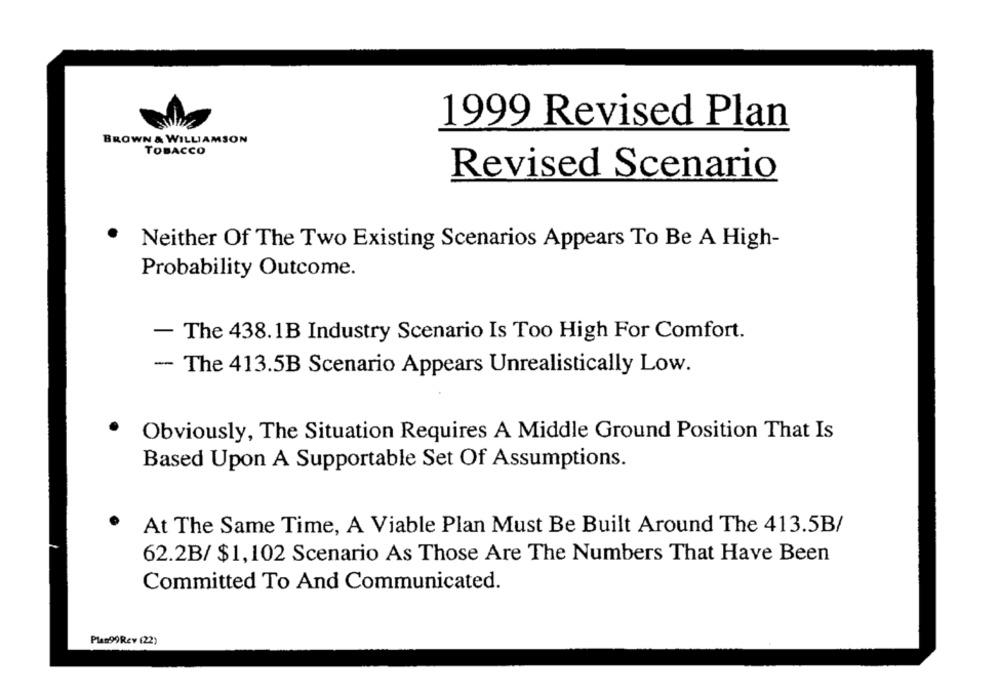
1999 Revised Plan
BROWN & WILLIAMSON
TOBACCO
Revised Scenario
Neither Of The Two Existing Scenarios Appears To Be A High-
Probability Outcome.
- The 438.1B Industry Scenario Is Too High For Comfort.
- The 413.5B Scenario Appears Unrealistically Low.
Obviously, The Situation Requires A Middle Ground Position That Is
Based Upon A Supportable Set Of Assumptions.
·
At The Same Time, A Viable Plan Must Be Built Around The 413.5B/
62.2B/ $1,102 Scenario As Those Are The Numbers That Have Been
Committed To And Communicated.
Plas99Rcv (22)